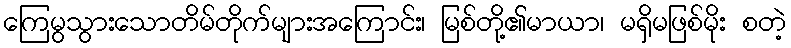
ကြေမွသွားသောတိမ်တိုက်များအကြောင်း၊ မြစ်တို့၏မာယာ၊ မရှိမဖြစ်မိုး စတဲ့